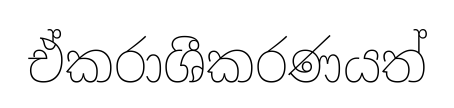
ඒකරාශීකරණයත්